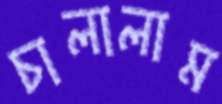
চালালাম